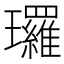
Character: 㼈